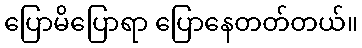
ပြောမိပြောရာ ပြောနေတတ်တယ်။